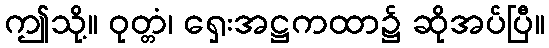
ဤသို့။ ဝုတ္တံ၊ ရှေးအဋ္ဌကထာ၌ ဆိုအပ်ပြီ။